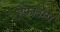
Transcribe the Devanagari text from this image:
हेफातम्प